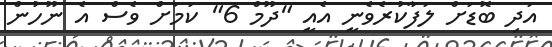
އަދި ބޮޑަށް ލަފާކުރެވެނީ އެއީ "ދޫމް 6" ކަމަށް ވެސް އެ ނޫހުން